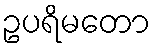
ဥပရိမတော